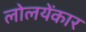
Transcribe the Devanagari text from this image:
लोलयेंकार